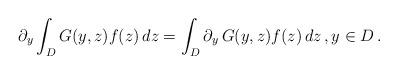
LaTeX: \begin{align*} \partial_y\int_D G(y,z)f(z)\,dz = \int_D \partial_y\, G(y,z)f(z)\,dz\,,y \in D\,. \end{align*}